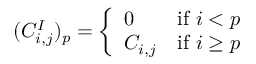
( C _ { i , j } ^ { I } ) _ { p } = { \left\{ \begin{array} { l l } { 0 } & { { \mathrm { i f ~ } } i < p } \\ { C _ { i , j } } & { { \mathrm { i f ~ } } i \geq p } \end{array} \right. }